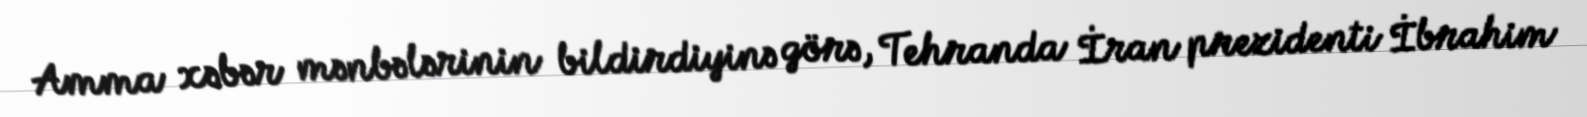
Amma xəbər mənbələrinin bildirdiyinə görə, Tehranda İran prezidenti İbrahim